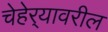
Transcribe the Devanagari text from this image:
चेहेर्‍यावरील